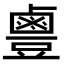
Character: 𪉣